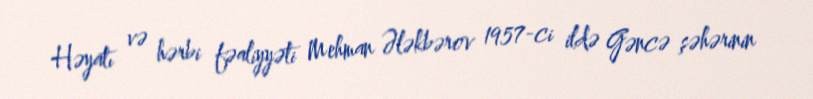
Həyatı və hərbi fəaliyyəti Mehman Ələkbərov 1957-ci ildə Gəncə şəhərinin